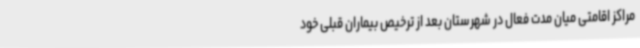
مراکز اقامتی میان مدت فعال در شهرستان بعد از ترخیص بیماران قبلی خود